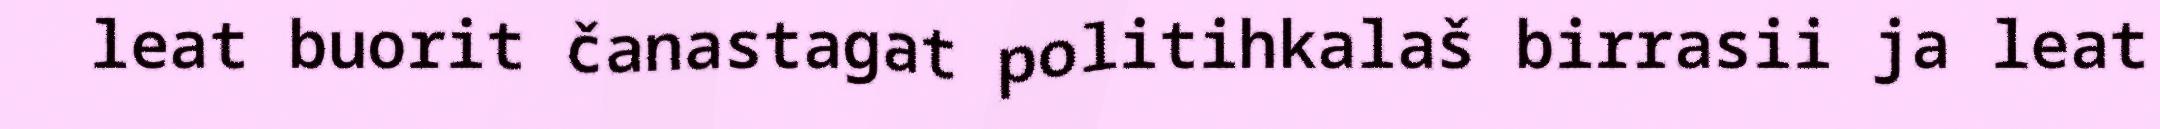
leat buorit čanastagat politihkalaš birrasii ja leat